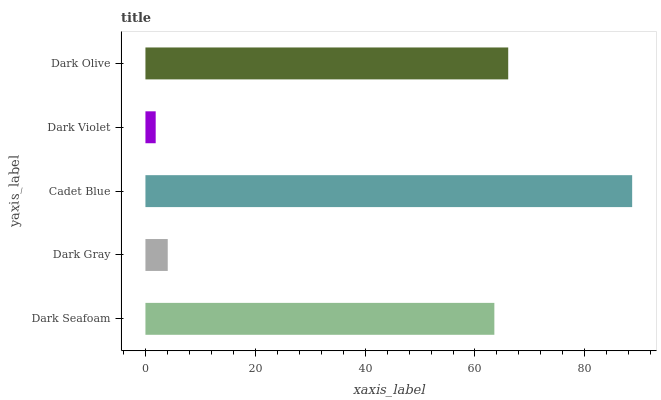
| yaxis_label | bars |
 | --- | --- |
 | Dark Seafoam | 63.5 |
 | Dark Gray | 4.06 |
 | Cadet Blue | 88.6 |
 | Dark Violet | 1.87 |
 | Dark Olive | 66.1 |